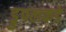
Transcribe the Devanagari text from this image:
ड्रुपलकडे